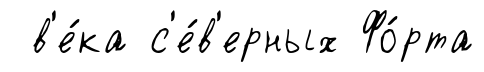
в'е́ка с'е́в'ерных Фо́рта